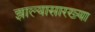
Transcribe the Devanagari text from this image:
झाल्यासारख्या